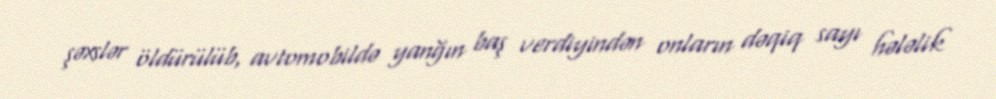
şəxslər öldürülüb, avtomobildə yanğın baş verdiyindən onların dəqiq sayı hələlik